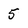
Character: 5